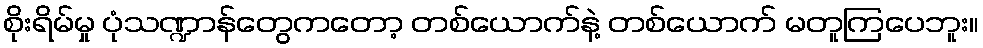
စိုးရိမ်မှု ပုံသဏ္ဍာန်တွေကတော့ တစ်ယောက်နဲ့ တစ်ယောက် မတူကြပေဘူး။